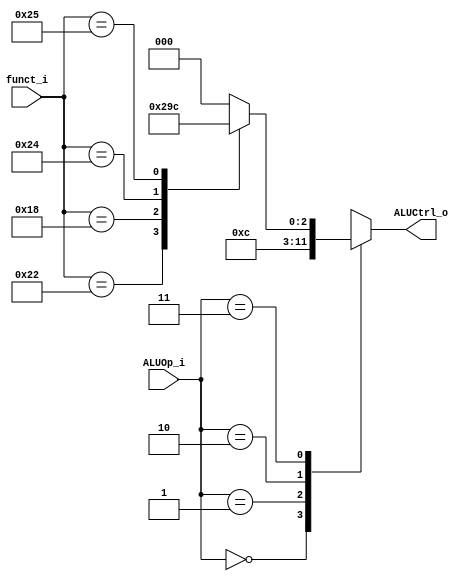
module ALU_Control (funct_i, ALUOp_i, ALUCtrl_o);

input [5:0] funct_i;
input [1:0] ALUOp_i;
output [2:0] ALUCtrl_o;
reg [2:0] ALUCtrl_o;

always @ ( * ) begin
  case( ALUOp_i )
    2'b00: begin //add
      ALUCtrl_o = 3'b000; //add 000
    end
    2'b01: begin // sub
      ALUCtrl_o = 3'b001; // sub 001
    end
    2'b10: begin // or
      ALUCtrl_o = 3'b100; // or 100
    end
    2'b11: begin
      case (funct_i)
        6'b100000: ALUCtrl_o = 3'b000;  //add 000
        6'b100010: ALUCtrl_o = 3'b001;  //sub 001
        6'b011000: ALUCtrl_o = 3'b010;  //mul 010
        6'b100100: ALUCtrl_o = 3'b011;  //and 011
        6'b100101: ALUCtrl_o = 3'b100;  //or 100
        default:   ALUCtrl_o = 3'b000;  //don't care
      endcase
    end
    default:;
  endcase
end

endmodule